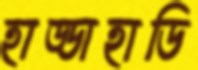
হাড্ডাহাডি